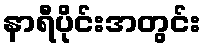
နာရီပိုင်းအတွင်း